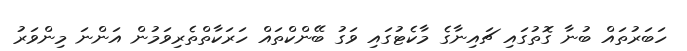
ހަބަރުތައް ބުނާ ގޮތުގައި ޗައިނާގެ މާކެޓުގައި ވަގު ބޭންކްތައް ހަރަކާތްތެރިވަމުން އަންނަ މިންވަރު